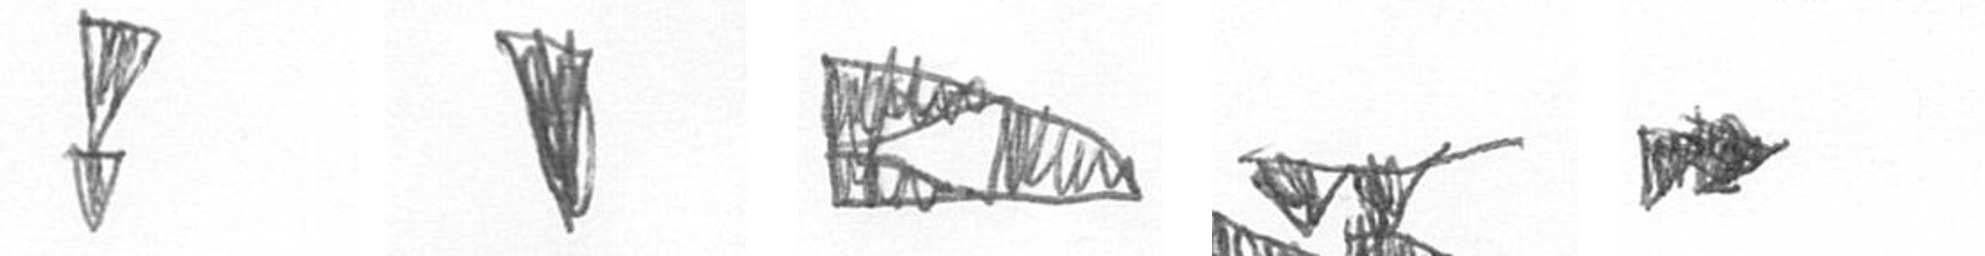
Z J K B A